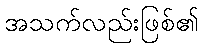
အသက်လည်းဖြစ်၏